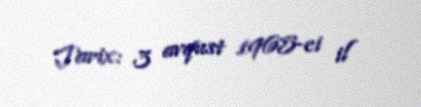
Tarix: 3 avqust 1965-ci il